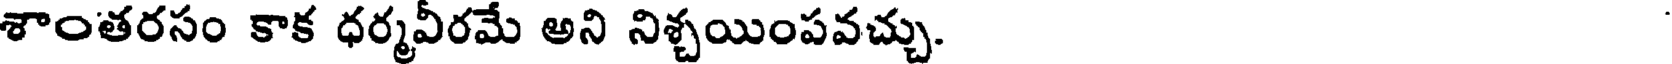
శాంతరసం కాక ధర్మవీరమే అని నిశ్చయింపవచ్చు.